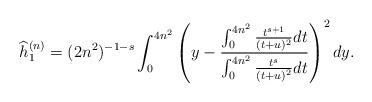
LaTeX: \begin{align*} \widehat{h}_1^{(n)} = (2n^2)^{-1-s} \int_{0}^{4n^2} \left( y - \frac{ \int_{0}^{4n^2} \frac{ t^{s + 1}}{ ( t+ u)^2} dt}{ \int_{0}^{4n^2} \frac{ t^{s }}{ ( t + u)^2} dt }\right)^2 dy .\end{align*}